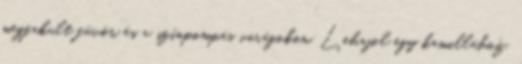
megfakult füvön és a színpompás virágokon. Lehajol egy kamillához,